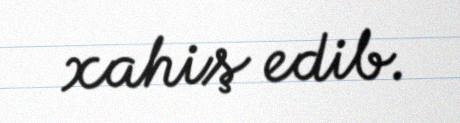
xahiş edib.